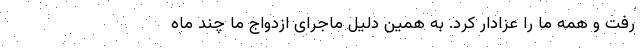
رفت و همه ما را عزادار کرد. به همین دلیل ماجرای ازدواج ما چند ماه